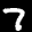
Label: 7